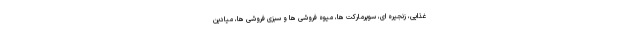
غذایی، زنجیره ای، سوپرمارکت ها، میوه فروشی ها و سبزی فروشی ها، میادین